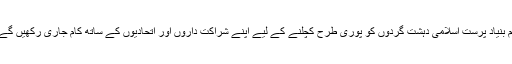
ہم بنیاد پرست اسلامی دہشت گردوں کو پوری طرح کچلنے کے لیے اپنے شراکت داروں اور اتحادیوں کے ساتھ کام جاری رکھیں گے۔